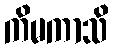
ကိမကာသိ